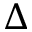
\Delta